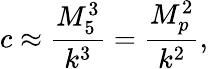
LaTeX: c\approx\frac{M_{5}^{3}}{k^{3}}=\frac{M_{p}^{2}}{k^{2}},